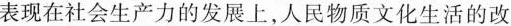
表现在社会生产力的发展上，人民物质文化生活的改